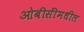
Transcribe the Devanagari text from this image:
ओबीसींमधील